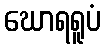
ဃောရရူပံ